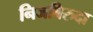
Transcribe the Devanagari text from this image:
निजबिरुदा